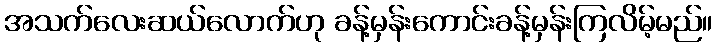
အသက်လေးဆယ်လောက်ဟု ခန့်မှန်းကောင်းခန့်မှန်းကြလိမ့်မည်။